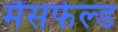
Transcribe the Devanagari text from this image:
मैंसफेल्ड